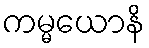
ကမ္မယောနိ